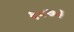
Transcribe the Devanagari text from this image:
६८७३